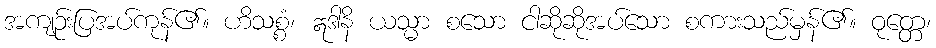
အကျဉ်းပြအပ်ကုန်၏။ ဟိသစ္စံ၊ ဣဒါနိ ယသ္မာ စသော ငါဆိုဆိုအပ်သော စကားသည်မှန်၏။ ဝုတ္တေ၊